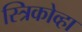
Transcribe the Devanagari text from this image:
स्त्रिकोव्हा